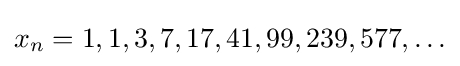
x_{n}=1,1,3,7,17,41,99,239,577,\ldots